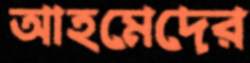
আহমেদের